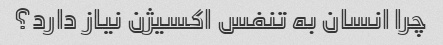
چرا انسان به تنفس اکسیژن نیاز دارد؟